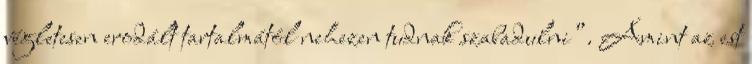
végletesen erodált tartalmától nehezen tudnak szabadulni”. Amint az est